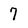
Character: 7